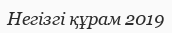
Негізгі құрам 2019